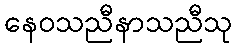
နေဝသညီနာသညီသု